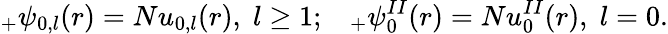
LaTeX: _{+}\psi_{0,l}(r)=Nu_{0,l}(r){},\; l\geq 1;\; \; \; _{+}\psi_{0}^{II}(r)=Nu_{0}^{II}(r){},\; l=0.